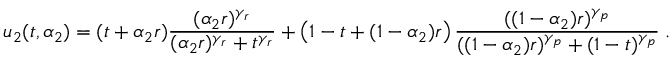
u _ { 2 } ( t , \alpha _ { 2 } ) = ( t + \alpha _ { 2 } r ) \frac { ( \alpha _ { 2 } r ) ^ { \gamma _ { r } } } { ( \alpha _ { 2 } r ) ^ { \gamma _ { r } } + t ^ { \gamma _ { r } } } + \left( 1 - t + ( 1 - \alpha _ { 2 } ) r \right) \frac { ( ( 1 - \alpha _ { 2 } ) r ) ^ { \gamma _ { p } } } { ( ( 1 - \alpha _ { 2 } ) r ) ^ { \gamma _ { p } } + ( 1 - t ) ^ { \gamma _ { p } } } \; .